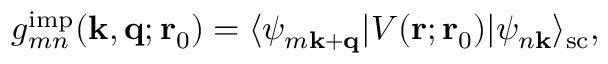
g _ { m n } ^ { \mathrm { i m p } } ( \mathbf k , \mathbf q ; \mathbf r _ { 0 } ) = \langle \psi _ { m \mathbf k + \mathbf q } | V ( \mathbf r ; \mathbf r _ { 0 } ) | \psi _ { n \mathbf k } \rangle _ { \mathrm { s c } } ,